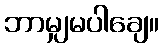
ဘာမျှမပါချေ။